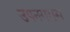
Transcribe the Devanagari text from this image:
उपनगरास